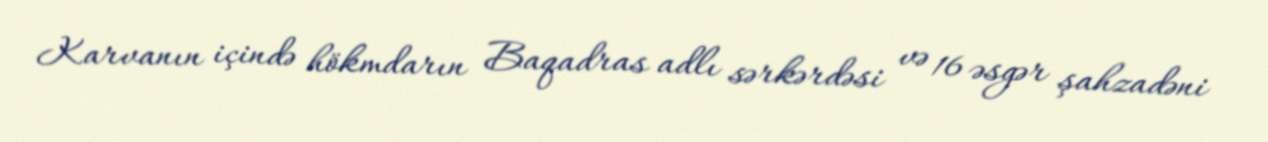
Karvanın içində hökmdarın Baqadras adlı sərkərdəsi və 16 əsgər şahzadəni